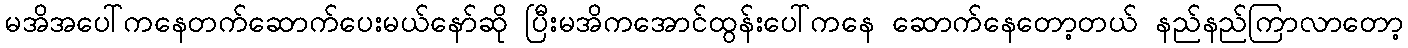
မအိအပေါ်ကနေတက်ဆောက်ပေးမယ်နော်ဆို ပြီးမအိကအောင်ထွန်းပေါ်ကနေ ဆောက်နေတော့တယ် နည်နည်ကြာလာတော့